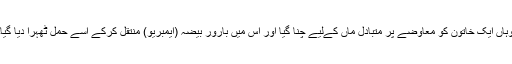
وہاں ایک خاتون کو معاوضے پر متبادل ماں کےلیے چنا گیا اور اس میں بارور بیضہ (ایمبریو) منتقل کرکے اسے حمل ٹھہرا دیا گیا۔